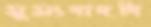
সুসংবাদটা